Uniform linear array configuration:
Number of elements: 16
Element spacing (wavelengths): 0.5
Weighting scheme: hamming
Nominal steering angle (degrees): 0
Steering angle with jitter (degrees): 1.953
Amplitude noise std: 0.05
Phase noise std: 0.05

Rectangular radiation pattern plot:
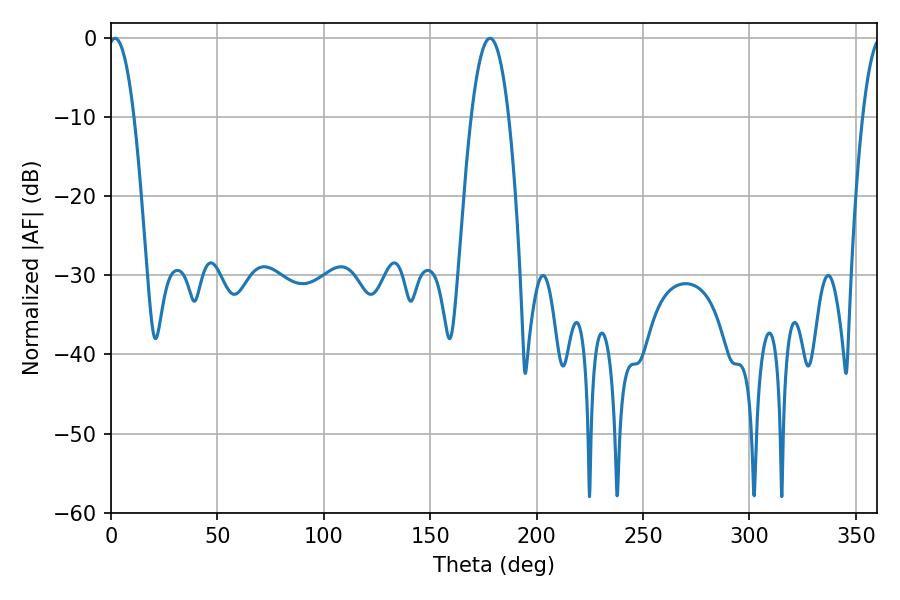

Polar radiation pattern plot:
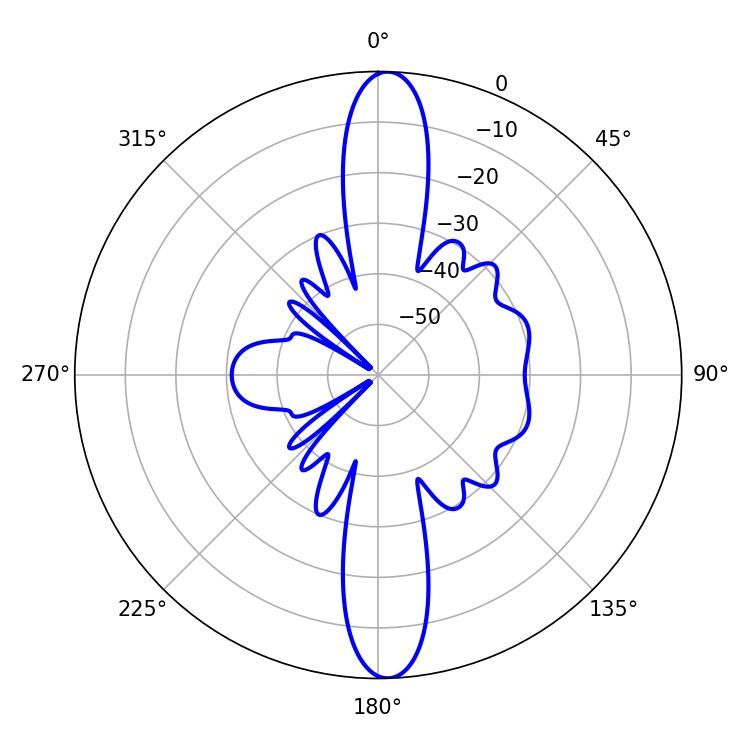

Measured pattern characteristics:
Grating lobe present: FALSE
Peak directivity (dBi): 21.687
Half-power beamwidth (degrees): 6.84
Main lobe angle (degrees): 1.98